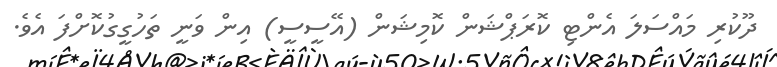
ދޫކުރި މައްސަލަ އެންޓި ކޮރަޕްޝަން ކޮމިޝަން (އޭސީސީ) އިން ވަނީ ތަހުގީގުކޮށްފަ އެވެ.